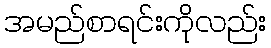
အမည်စာရင်းကိုလည်း